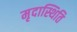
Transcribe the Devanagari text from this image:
मृदास्थिति